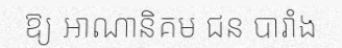
ឱ្យ អាណានិគម ជន បារាំង